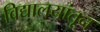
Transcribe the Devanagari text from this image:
विद्यालयांतून